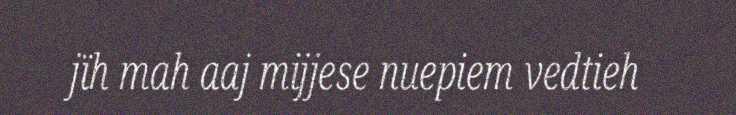
jïh mah aaj mijjese nuepiem vedtieh